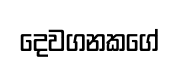
දෙවගනකගේ